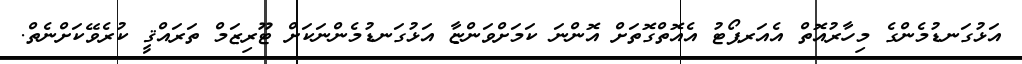
އަޅުގަނޑުމެންގެ މިހާރުއޮތް އެއަރޕޯޓު އެއޮތްގޮތަށް އޮންނަ ކަމަށްވަންޏާ އަޅުގަނޑުމެންނަކަށް ޓޫރިޒަމް ތަރައްޤީ ކުރެވޭކަށްނެތް.